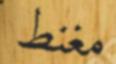
مغنط